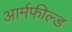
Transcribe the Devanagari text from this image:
आर्मफील्ड